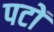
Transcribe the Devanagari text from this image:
पटों